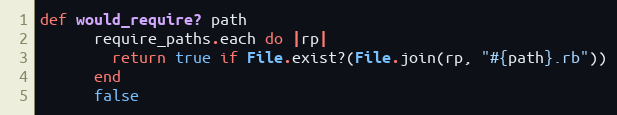
Language: Ruby
def would_require? path
      require_paths.each do |rp|
        return true if File.exist?(File.join(rp, "#{path}.rb"))
      end
      false